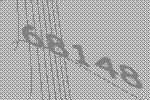
68148